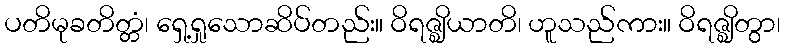
ပတိမုခတိတ္တံ၊ ရှေ့ရှုသောဆိပ်တည်း။ ဝိရဇ္ဈိယာတိ၊ ဟူသည်ကား။ ဝိရဇ္ဈိတွာ၊